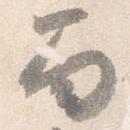
面